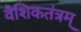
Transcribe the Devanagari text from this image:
वैशिकतंत्रम्